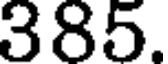
385.